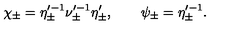
\chi _ { \pm } = \eta _ { \pm } ^ { \prime - 1 } \nu _ { \pm } ^ { \prime - 1 } \eta _ { \pm } ^ { \prime } , \qquad \psi _ { \pm } = \eta _ { \pm } ^ { \prime - 1 } .